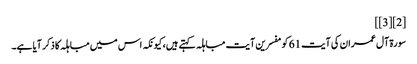
[2][3]]
سورۃ آل عمران کی آیت 61 کو مفسرین آیت مباہلہ کہتے ہیں، کیونکہ اس میں مباہلہ کا ذکر آیا ہے۔